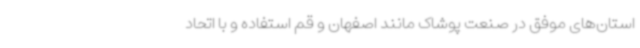
استان‌های موفق در صنعت پوشاک مانند اصفهان و قم استفاده و با اتحاد